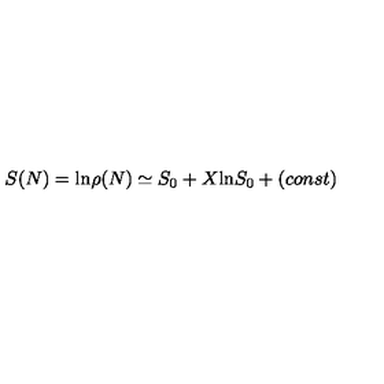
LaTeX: S ( N ) = \mathrm { l n } \rho ( N ) \simeq S _ { 0 } + X \mathrm { l n } S _ { 0 } + ( c o n s t )